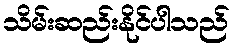
သိမ်းဆည်းနိုင်ပါသည်